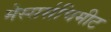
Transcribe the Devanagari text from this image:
मेस्सर्सचिमीट